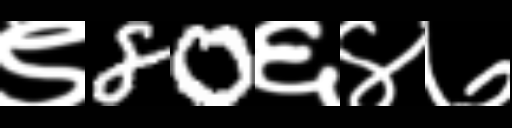
Text: ९80६४७